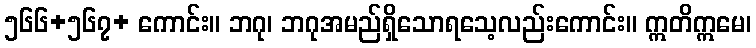
၅၆၆+၅၆၇+ ကောင်း။ ဘဂု၊ ဘဂုအမည်ရှိသောရသေ့လည်းကောင်း။ ဣတိဣမေ၊